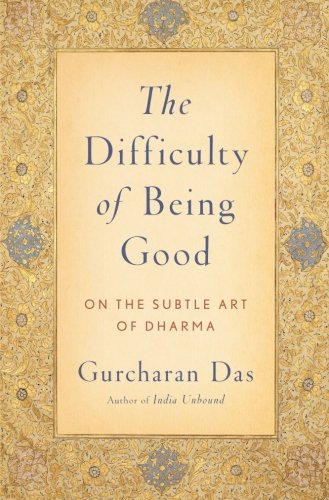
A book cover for The Difficulty of Being Good: On the Subtle Art of Dharma; Gurcharan Das; Religion & Spirituality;